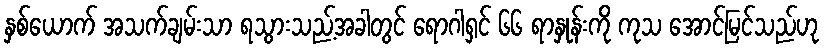
နှစ်ယောက် အသက်ချမ်းသာ ရသွားသည့်အခါတွင် ရောဂါရှင် ၆၆ ရာနှုန်းကို ကုသ အောင်မြင်သည်ဟု